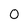
Character: 0